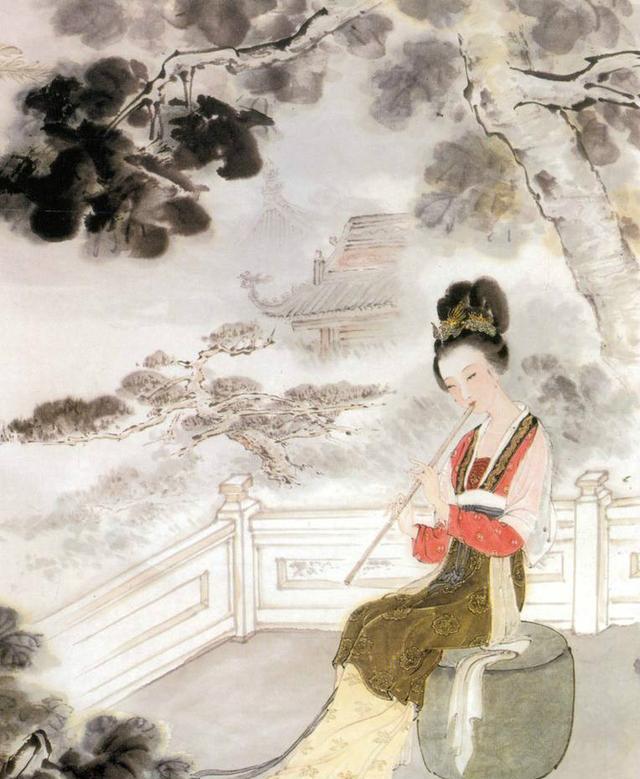
合欢桃核终堪恨，里许元来别有人。